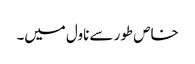
خاص طور سے ناول میں۔